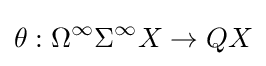
\theta :\Omega ^{\infty }\Sigma ^{\infty }X\to QX